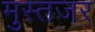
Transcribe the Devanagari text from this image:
मुस्तजर